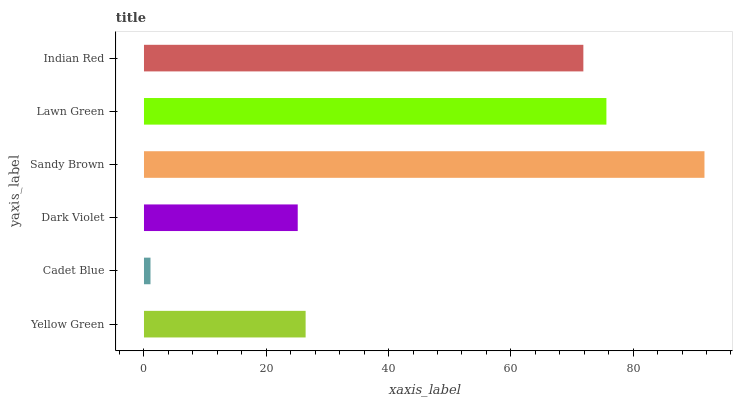
| yaxis_label | bars |
 | --- | --- |
 | Yellow Green | 26.4 |
 | Cadet Blue | 1.07 |
 | Dark Violet | 25.1 |
 | Sandy Brown | 91.7 |
 | Lawn Green | 75.6 |
 | Indian Red | 71.9 |